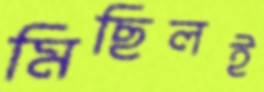
মিছিলই